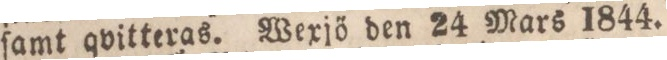
ſamt qvitteras. Wexjö den 24 Mars 1844.